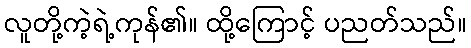
လူတို့ကဲ့ရဲ့ကုန်၏။ ထို့ကြောင့် ပညတ်သည်။